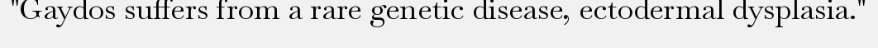
"Gaydos suffers from a rare genetic disease, ectodermal dysplasia."